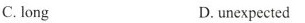
C. long D. unexpected